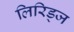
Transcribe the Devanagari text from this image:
लिरिड्ज